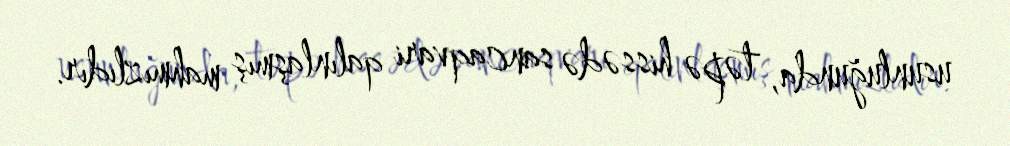
usunluğunda, təpə hissədə sancaqvari qalınlaşmış mahmızlıdır.